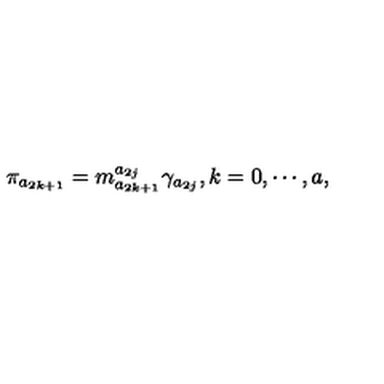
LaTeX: \pi _ { a _ { 2 k + 1 } } = m _ { a _ { 2 k + 1 } } ^ { a _ { 2 j } } \gamma _ { a _ { 2 j } } , k = 0 , \cdots , a ,